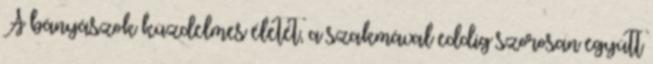
A bányászok küzdelmes életét, a szakmával eddig szorosan együtt